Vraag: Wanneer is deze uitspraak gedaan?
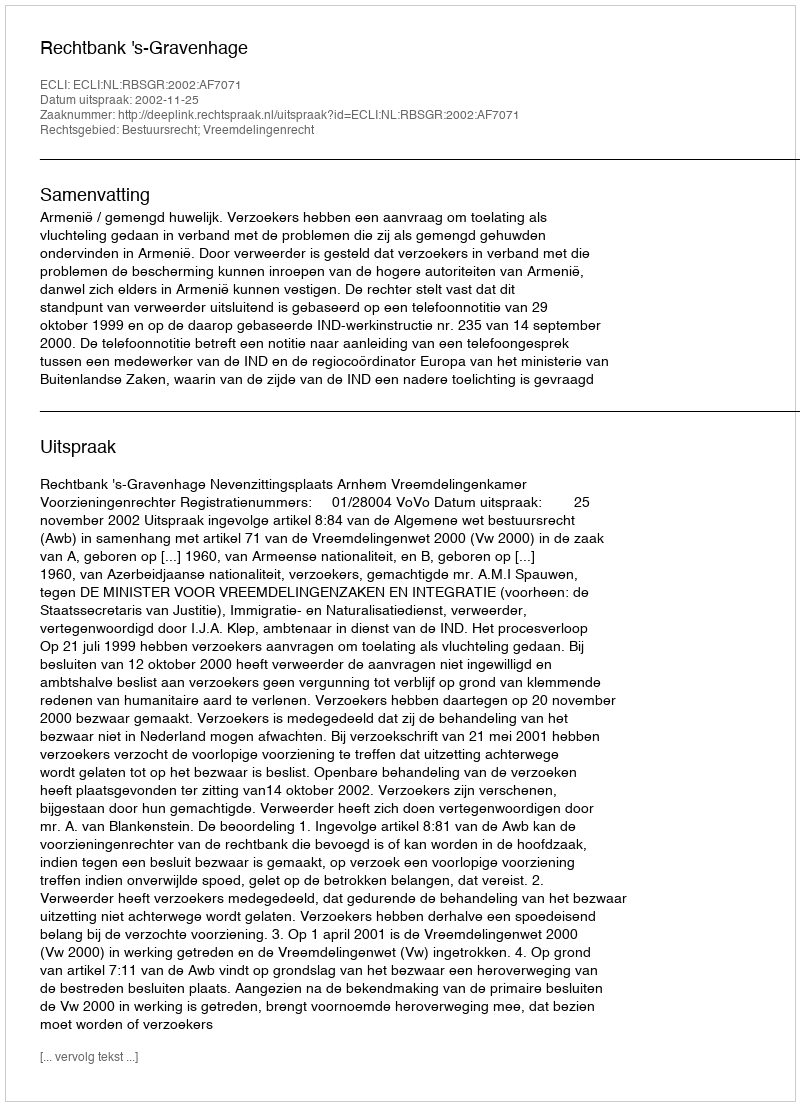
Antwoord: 2002-11-25